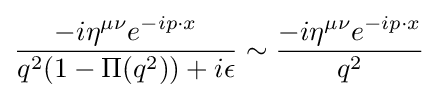
{\frac {-i\eta ^{\mu \nu }e^{-ip\cdot x}}{q^{2}(1-\Pi (q^{2}))+i\epsilon }}\sim {\frac {-i\eta ^{\mu \nu }e^{-ip\cdot x}}{q^{2}}}